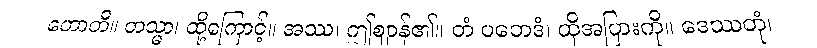
ဟောတိ။ တသ္မာ၊ ထို့ကြောင့်။ အဿ၊ ဤဈာန်၏။ တံ ပဘေဒံ၊ ထိုအပြားကို။ ဒေဿတုံ၊